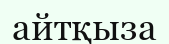
айтқыза